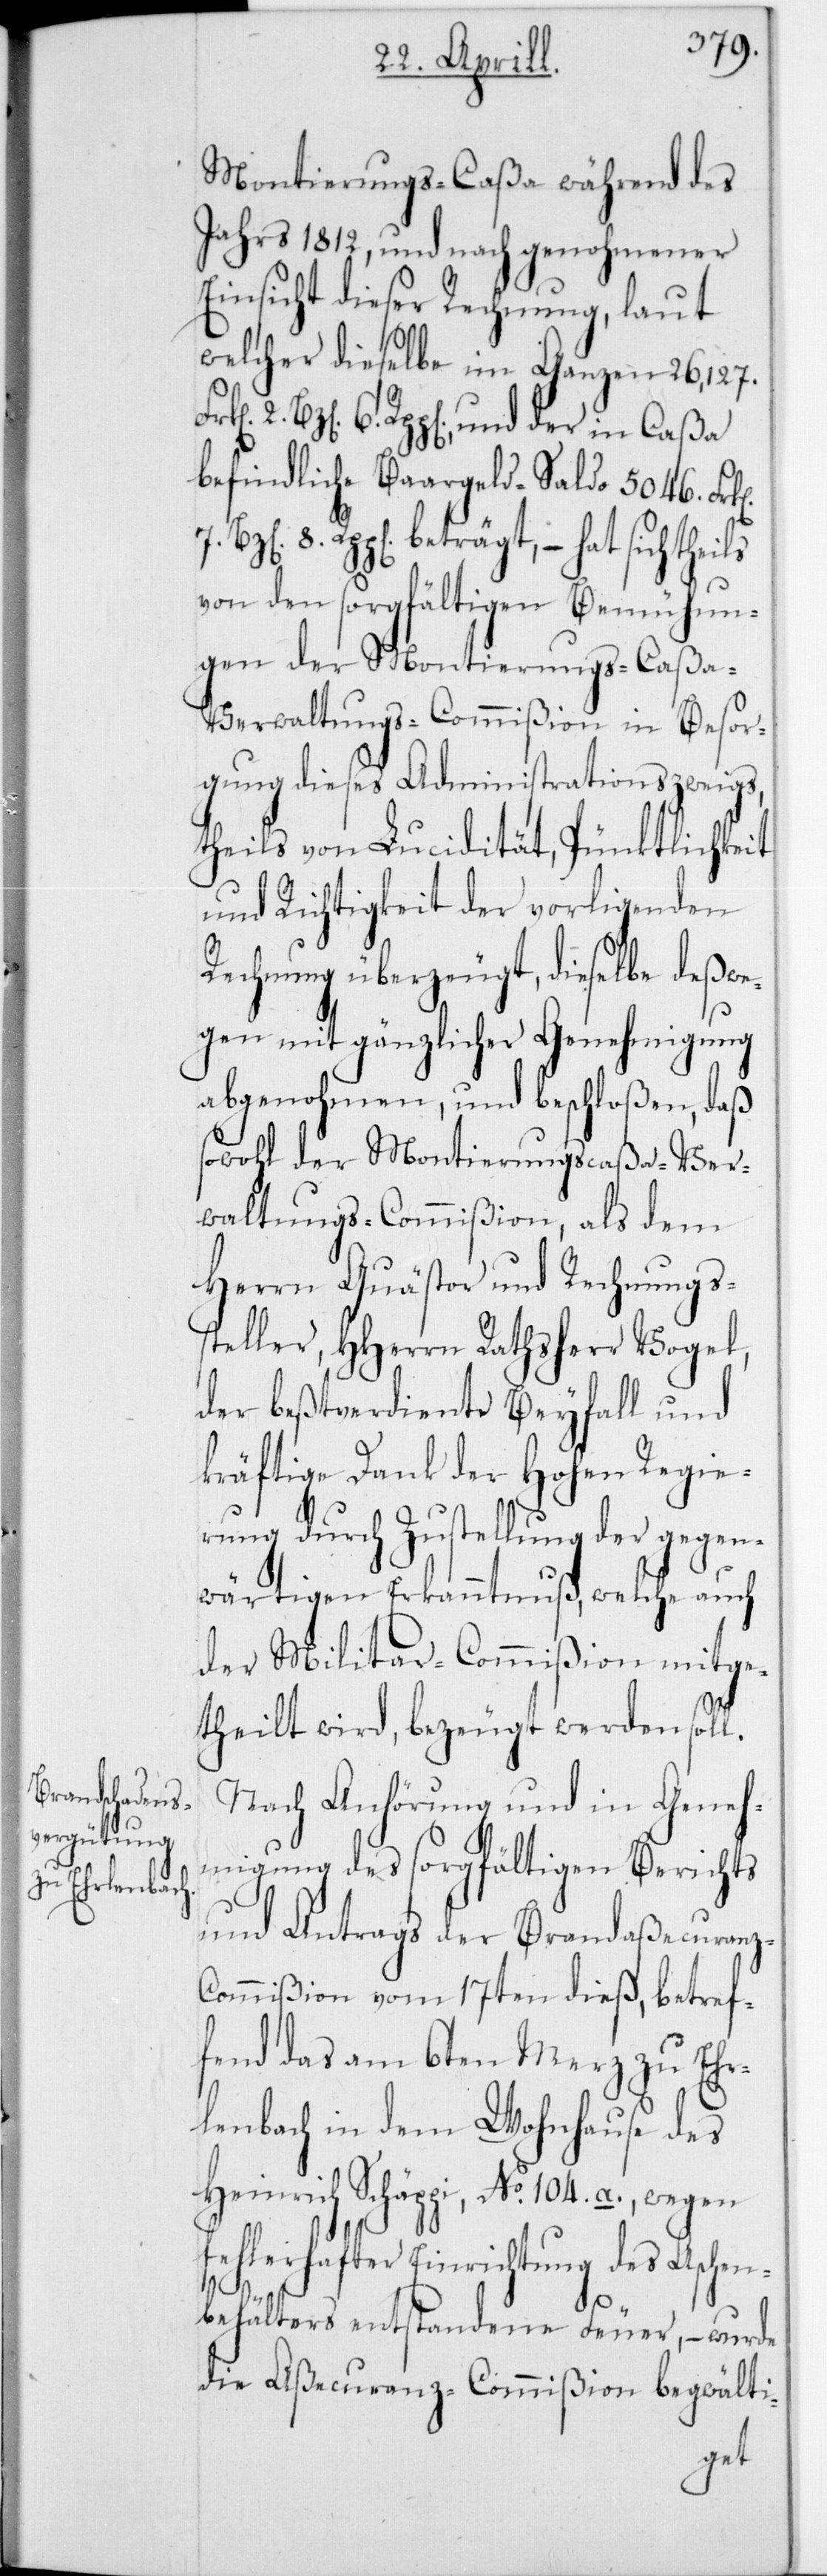
Montierungs-Caßa während des
Jahrs 1812, und nach genohmener
Einsicht dieser Rechnung, laut
welcher dieselbe im Ganzen 26,127
[,] 6 Rpp[en]; und der in Caßa
befindliche Baargeld-Saldo 5046 Frk[en]
Rpp[en] beträgt, – hat sich
von den sorgfältigen Bemühun¬
gen der Montierungs-Caßa-V¬
erwaltungs-Commißion in Besor¬
gung dieses Administrationszweigs,
theils von Lucidität, Pünktlichkeit
und Richtigkeit der vorliegenden
Rechnung überzeugt, dieselbe deßwe¬
gen mit gänzlicher Genehmigung
abgenohmen, und beschloßen, daß
sowohl der Montierungscaßa-Ver¬
waltungs-Commißion, als dem
Herrn Quästor und Rechnungs¬
steller, HHerrn Rathsherr Vogel,
der bestverdiente Beyfall und
kräftige Dank der Hohen Regie¬
rung durch Zustellung der gegen¬
wärtigen Erkanntnuß, welche auch
der Militar-Commißion mitge¬
theilt wird, bezeugt werden soll.
Nach Anhörung und in Geneh¬
migung des sorgfältigen Berichts
und Antrags der Brandaßecuranz-C¬
ommißion vom 17ten dieß, betref¬
fend das am 6ten Merz zu Ehr¬
lenbach in dem Wohnhause des
Heinrich Schäppi, No 104 a., wegen
fehlerhafter Einrichtung des Aschen¬
behälters entstandene Feuer, – wurde
die Aßecuranz-Commißion begwälti-